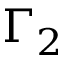
\Gamma _ { 2 }